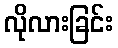
လိုလားခြင်း